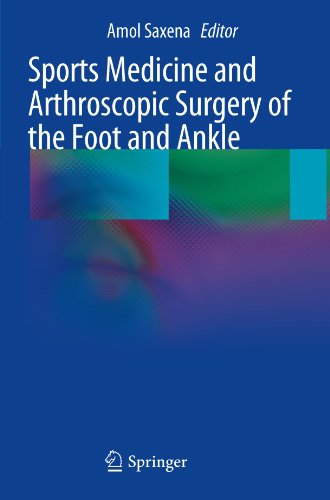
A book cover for Sports Medicine and Arthroscopic Surgery of the Foot and Ankle; Medical Books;